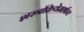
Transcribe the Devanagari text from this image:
शस्त्रक्रियेमार्फत